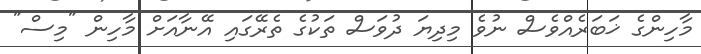
މާހިންގެ ޚަބަރެއްވެސް ނުވެ މިދިޔަ ދުވަސް ތަކުގެ ތެރޭގައި އޭނާއަށް މާހިން "މިސް"